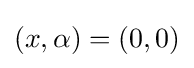
(x,\alpha )=(0,0)